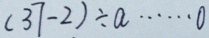
( 3 7 - 2 ) \div a \cdots 0